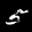
Label: 5